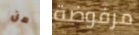
من مرفوضة